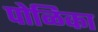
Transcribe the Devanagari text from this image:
पोळिका